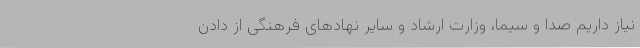
نیاز داریم صدا و سیما، وزارت ارشاد و سایر نهادهای فرهنگی از دادن